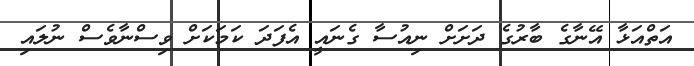
އަތްއަޅާ އޭނާގެ ބާރުގެ ދަށަށް ނިއުސާ ގެނައީ އެފަދަ ކަމަކަށް ވިސްނާވެސް ނުލައި